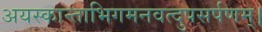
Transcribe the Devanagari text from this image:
अयस्कान्ताभिगमनवत्दुपसर्पणम्।